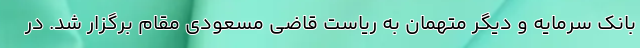
بانک سرمایه و دیگر متهمان به ریاست قاضی مسعودی مقام برگزار شد. در